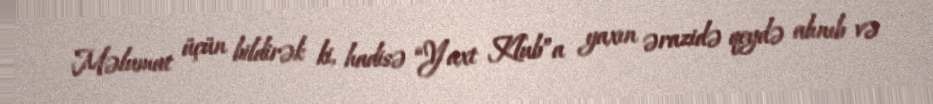
Məlumat üçün bildirək ki, hadisə “Yaxt Klub”a yaxın ərazidə qeydə alınıb və